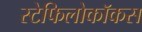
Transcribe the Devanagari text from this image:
स्टेफिलोकॉकस